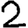
Digit: 2